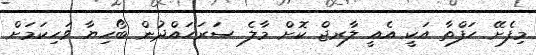
މިފެށޭ ހަފްތާ އަކީ އެއީ ލާރޖް ކޮށް މާލެ ސަރަހައްދުން ބޯހިޔާ ވަހިކަމަށް